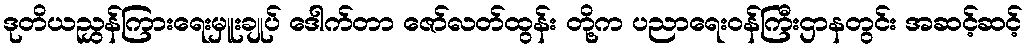
ဒုတိယညွှန်ကြားရေးမှူးချုပ် ဒေါက်တာ ဇော်လတ်ထွန်း တို့က ပညာရေးဝန်ကြီးဌာနတွင်း အဆင့်ဆင့်